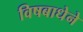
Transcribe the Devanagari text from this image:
विषबाधेने